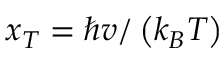
x _ { T } = \hbar v / \left( k _ { B } T \right)